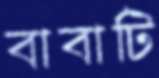
বাবাটি